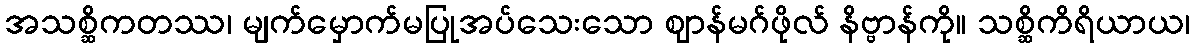
အသစ္ဆိကတဿ၊ မျက်မှောက်မပြုအပ်သေးသော ဈာန်မဂ်ဖိုလ် နိဗ္ဗာန်ကို။ သစ္ဆိကိရိယာယ၊